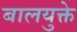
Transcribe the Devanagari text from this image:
बालयुक्ते